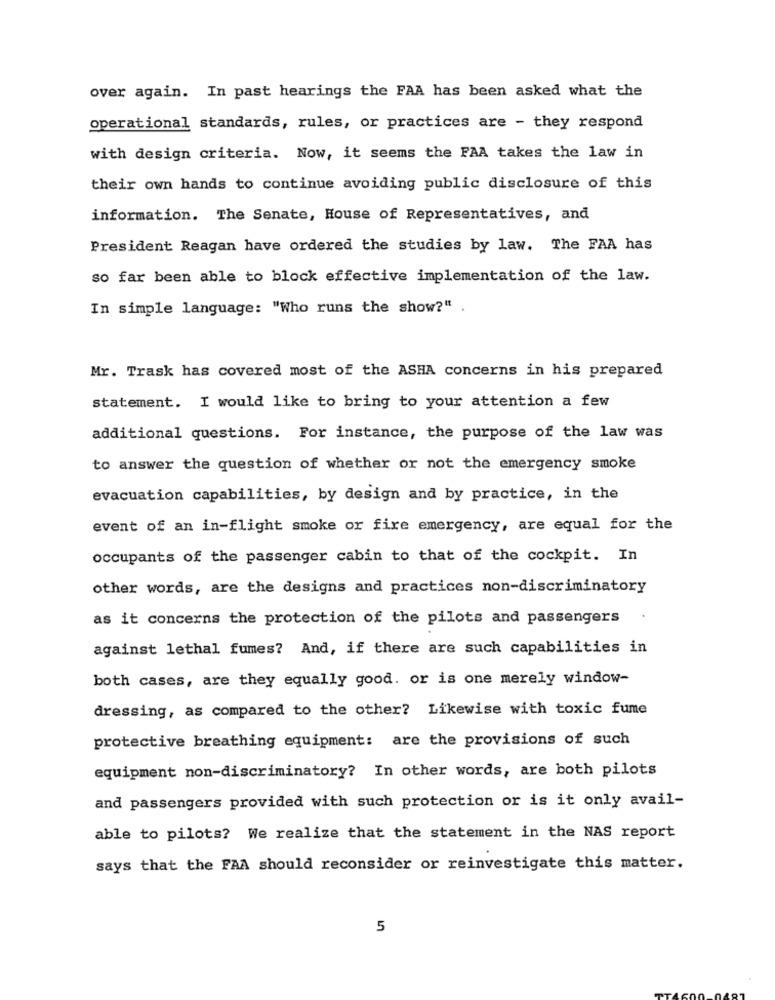
over again. In past hearings the FAA has been asked what the
operational standards, rules, or practices are - they respond
with design criteria. Now, it seems the FAA takes the law in
their own hands to continue avoiding public disclosure of this
information. The Senate, House of Representatives, and
President Reagan have ordered the studies by law. The FAA has
so far been able to block effective implementation of the law.
In simple language: "Who runs the show?" .
Mr. Trask has covered most of the ASHA concerns in his prepared
statement. I would like to bring to your attention a few
additional questions. For instance, the purpose of the law was
to answer the question of whether or not the emergency smoke
evacuation capabilities, by design and by practice, in the
event of an in-flight smoke or fire emergency, are equal for the
occupants of the passenger cabin to that of the cockpit. In
other words, are the designs and practices non-discriminatory
as it concerns the protection of the pilots and passengers
against lethal fumes? And, if there are such capabilities in
both cases, are they equally good. or is one merely window-
dressing, as compared to the other? Likewise with toxic fume
protective breathing equipment: are the provisions of such
equipment non-discriminatory? In other words, are both pilots
and passengers provided with such protection or is it only avail-
able to pilots? We realize that the statement in the NAS report
says that the FAA should reconsider or reinvestigate this matter.
5